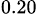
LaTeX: _{0.20}